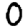
Digit: 0